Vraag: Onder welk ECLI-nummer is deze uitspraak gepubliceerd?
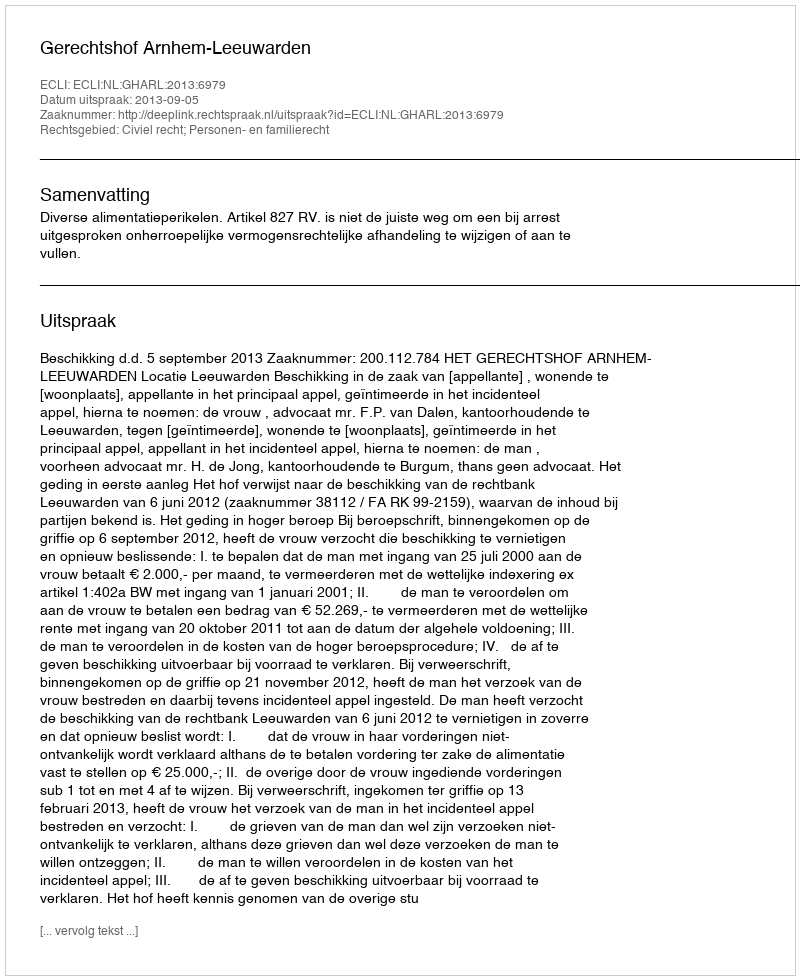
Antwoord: ECLI:NL:GHARL:2013:6979